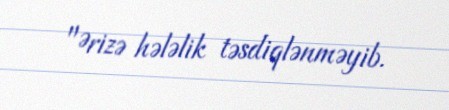
"Ərizə hələlik təsdiqlənməyib.